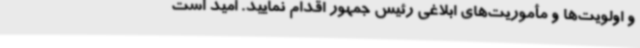
و اولویت‌ها و مأموریت‌های ابلاغی رئیس جمهور اقدام نمایید. امید است